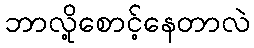
ဘာလို့စောင့်နေတာလဲ